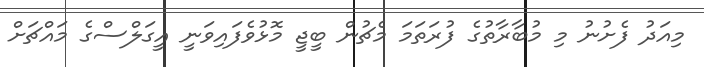
މިއަދު ފެށުނު މި މުބާރާތުގެ ފުރަތަމަ މެޗުން ބީޖީ މޮޅުވެފައިވަނީ އީގަލްސްގެ މައްޗަށް